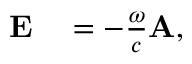
\begin{array} { r l } { \mathbf { E } } & { { } = - \frac { \omega } { c } \mathbf { A } , } \end{array}